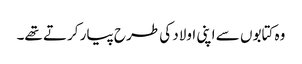
وہ کتابوں سے اپنی اولاد کی طرح پیار کرتے تھے۔